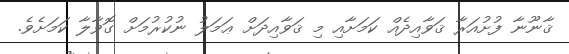
ޤާނޫނާ ފުށުއަރާ ޤަވާއިދެއް ކަމަށާއި މި ޤަވާއިދަށް ޢަމަލު ނުކުރުމަށް ގޮވާލާ ކަމަށެވެ.